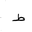
Letter: _da